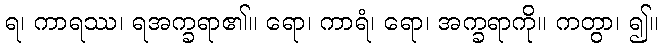
ရ၊ ကာရဿ၊ ရအက္ခရာ၏။ ရော၊ ကာရံ၊ ရော၊ အက္ခရာကို။ ကတွာ၊ ၍။